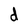
Character: d